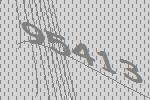
95413